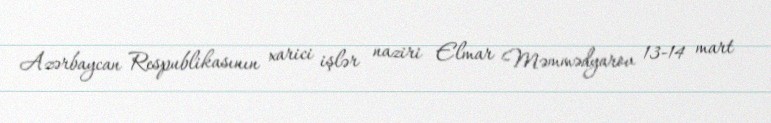
Azərbaycan Respublikasının xarici işlər naziri Elmar Məmmədyarov 13-14 mart